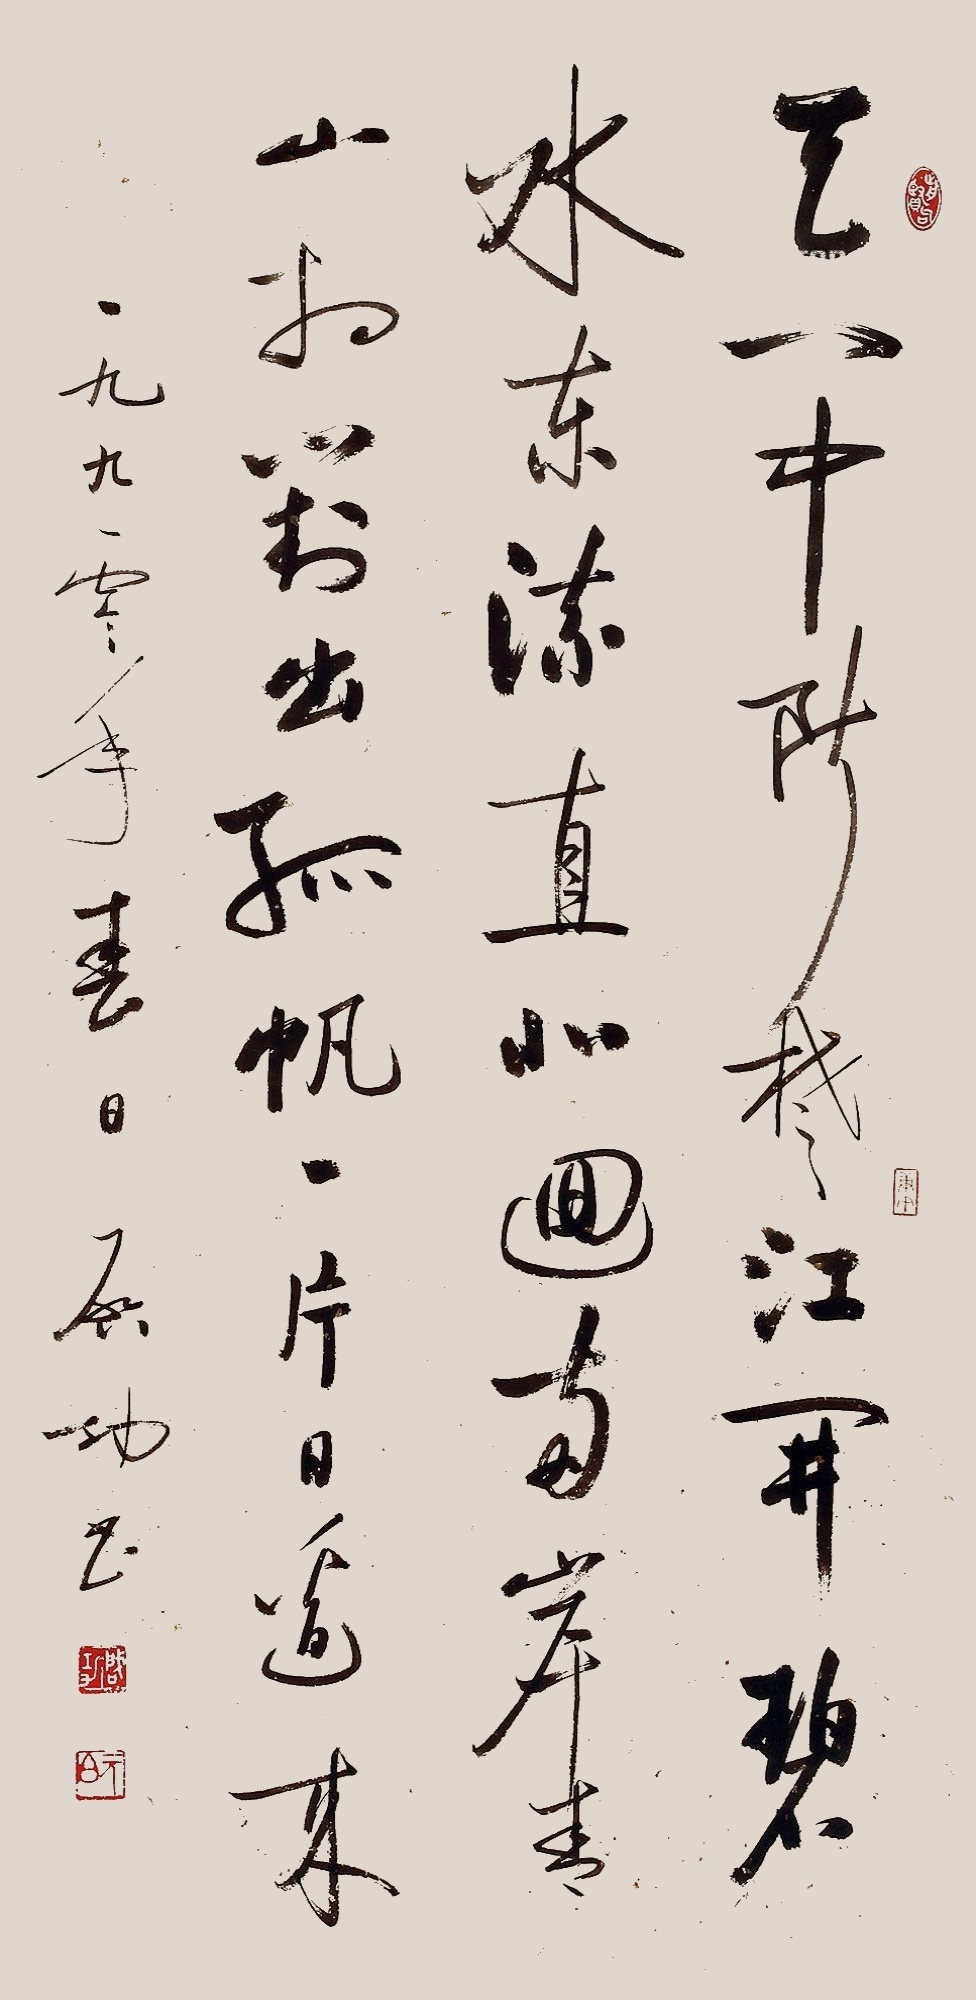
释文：天门中断楚江开，碧水东流至此回。两岸青山相对出，孤帆一片日边来。一九九零年春日，启功书。